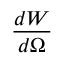
\frac { d W } { d \Omega }